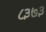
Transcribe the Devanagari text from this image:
८३७३